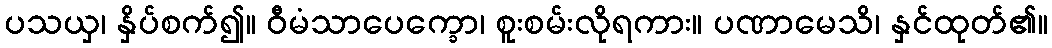
ပသယှ၊ နှိပ်စက်၍။ ဝီမံသာပေက္ခော၊ စူးစမ်းလိုရကား။ ပဏာမေသိ၊ နှင်ထုတ်၏။